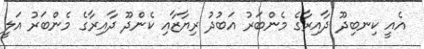
އެއީ ކިނބިދޫ ދާއިރާގެ މެންބަރު އަބުދު ރިޔާޒާއި ކެންދޫ ދާއިރާގެ މެންބަރު އަލީ